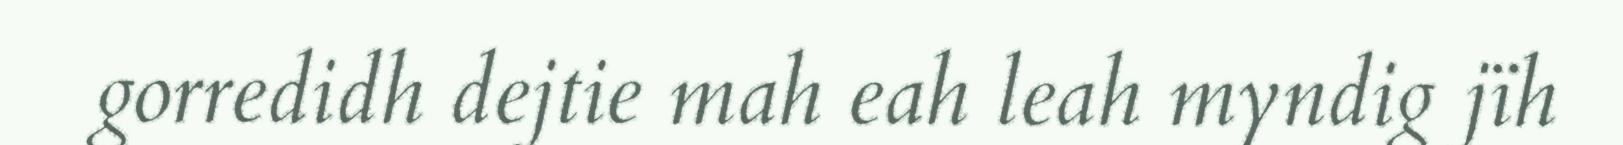
gorredidh dejtie mah eah leah myndig jïh